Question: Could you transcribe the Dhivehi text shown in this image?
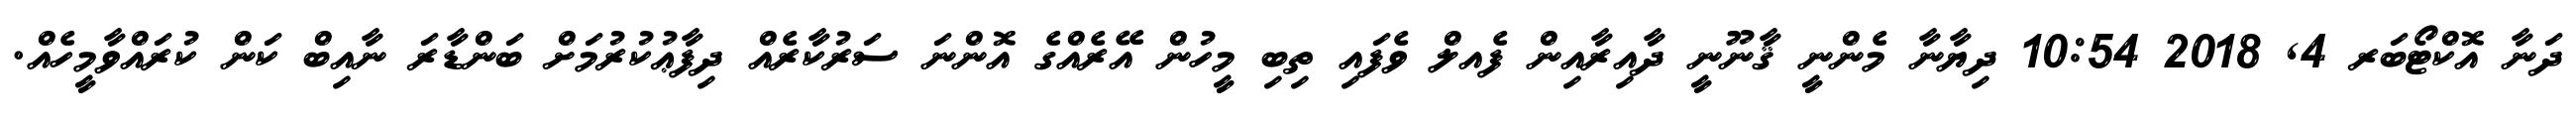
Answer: ދަނާ އޮކްޓޯބަރ 4, 2018 10:54 ދިޔާނާ މެންނީ ޤާނޫނީ ދާއިރާއިން ފެއލް ވެފައި ތިބި މީހުން އޭރެއްގެ އޮންނަ ސަރުކާރެއް ދިފާޢުކުރުމަށް ބަންޑާރަ ނާއިބް ކަން ކުރައްވާމީހެއް.